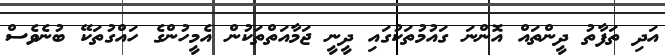
އަދި ތަފާތު ދީންތައް އޮންނަ ގައުމުތަކުގައި ދީނީ ޖަމާއަތްތަކުން އެމީހުންގެ ހައްގުތަކޭ ބުނެވެސް